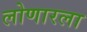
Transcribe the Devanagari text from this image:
लोणारला